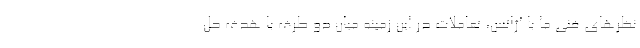
نظرهای فنی ما با آژانس، تعاملات در این زمینه میان دو طرف با هدف حل